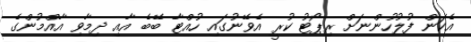
އެކަން ފުލުހުންނަށް ރިޕޯޓު ކުރީ އެވޭނުގައި ހުއްޓާ ބޭބެ އާއި ދިމާވި އާއްމުންގެ